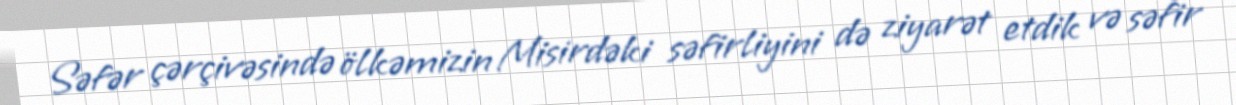
Səfər çərçivəsində ölkəmizin Misirdəki səfirliyini də ziyarət etdik və səfir